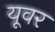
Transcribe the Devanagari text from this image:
यूवर